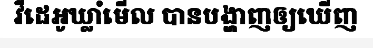
វីដេអូឃ្លាំមើល បានបង្ហាញឲ្យឃើញ